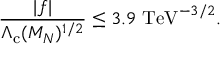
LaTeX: \frac { | f | } { \Lambda _ { \mathrm { c } } ( M _ { N } ) ^ { 1 / 2 } } \leq 3 . 9 \, \, \mathrm { T e V } ^ { - 3 / 2 } .